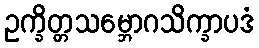
ဥက္ခိတ္တသမ္ဘောဂသိက္ခာပဒံ